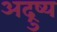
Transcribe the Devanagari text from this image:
अद्रुष्य